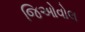
જિઓવોલ